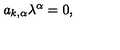
a _ { k , \alpha } \lambda ^ { \alpha } = 0 ,